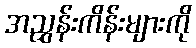
အညွှန်းကိန်းများကို